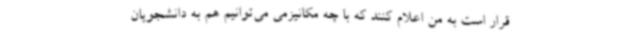
قرار است به من اعلام کنند که با چه مکانیزمی می‌توانیم هم به دانشجویان